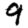
Digit: 9